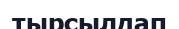
тырсылдап